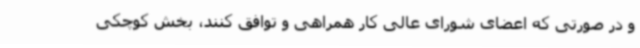
و در صورتی که اعضای شورای عالی کار همراهی و توافق کنند، بخش کوچکی